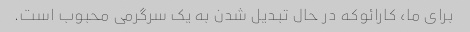
برای ما، کارائوکه در حال تبدیل شدن به یک سرگرمی محبوب است.